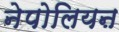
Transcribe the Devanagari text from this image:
नेपोलियऩ